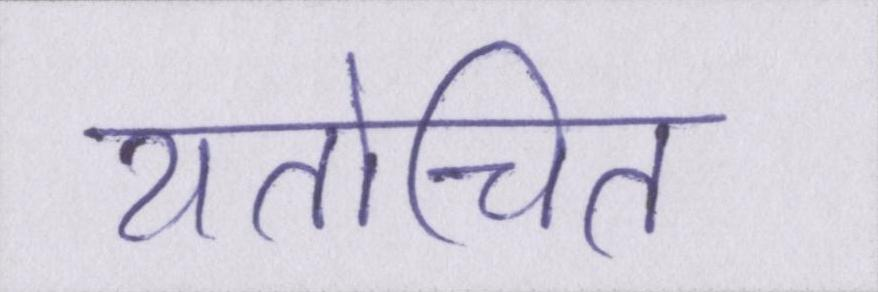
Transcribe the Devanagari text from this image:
यतोचित